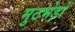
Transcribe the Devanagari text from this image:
मुठभेड़ो